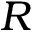
R